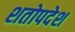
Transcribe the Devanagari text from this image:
शतोपदेश